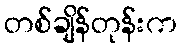
တစ်ချိန်တုန်းက